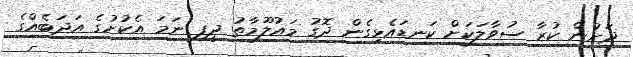
ދަށުން ކުރާ ސުވާލަކަށް ކަނޑައެޅިގެން ދޮގު މައުލޫމާތު ދީފި ނަމަ އެކުށުގެ އަދަބެއްގެ